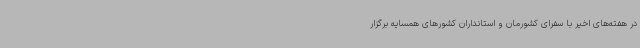
در هفته‌های اخیر با سفرای کشورمان و استانداران کشورهای همسایه برگزار